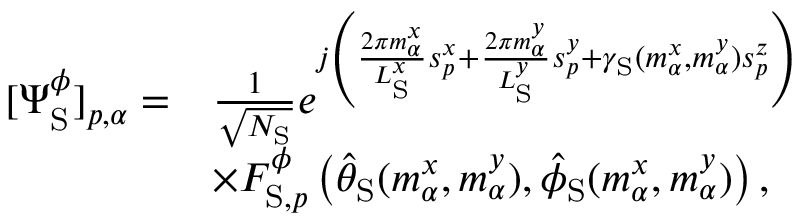
\begin{array} { r l } { [ \boldsymbol { \Psi } _ { \mathrm { S } } ^ { \phi } ] _ { p , \alpha } = } & { \frac { 1 } { \sqrt { N _ { \mathrm { S } } } } e ^ { j \left( \frac { 2 \pi m _ { \alpha } ^ { x } } { L _ { \mathrm { S } } ^ { x } } s _ { p } ^ { x } + \frac { 2 \pi m _ { \alpha } ^ { y } } { L _ { \mathrm { S } } ^ { y } } s _ { p } ^ { y } + \gamma _ { \mathrm { S } } ( m _ { \alpha } ^ { x } , m _ { \alpha } ^ { y } ) s _ { p } ^ { z } \right) } } \\ & { \times F _ { \mathrm { S } , p } ^ { \phi } \left( \hat { \theta } _ { \mathrm { S } } ( m _ { \alpha } ^ { x } , m _ { \alpha } ^ { y } ) , \hat { \phi } _ { \mathrm { S } } ( m _ { \alpha } ^ { x } , m _ { \alpha } ^ { y } ) \right) , } \end{array}